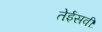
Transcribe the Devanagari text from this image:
तेईसवीं